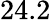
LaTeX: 24.2